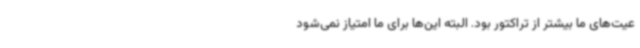
عیت‌های ما بیشتر از تراکتور بود. البته این‌ها برای ما امتیاز نمی‌شود